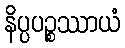
နိပ္ပပဉ္စဿာယံ